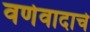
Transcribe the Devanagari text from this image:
वर्णवादाचे